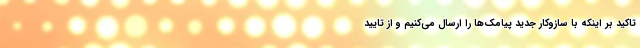
تاکید بر اینکه با سازوکار جدید پیامک‌ها را ارسال می‌کنیم و از تایید